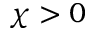
\chi > 0